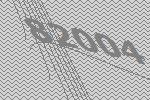
82004